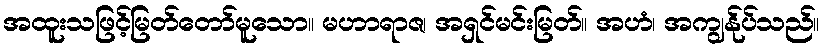
အထူးသဖြင့်မြတ်တော်မူသော။ မဟာရာဇ၊ အရှင်မင်းမြတ်။ အဟံ၊ အကျွန်ုပ်သည်။